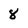
Character: 8